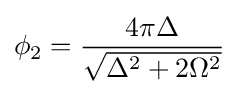
\phi _{2}={\frac {4\pi \Delta }{\sqrt {\Delta ^{2}+2\Omega ^{2}}}}